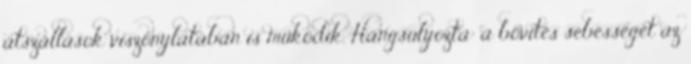
átszállások viszonylatában is működik. Hangsúlyozta: a bővítés sebességét az